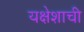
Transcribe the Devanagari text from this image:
यक्षेशाची